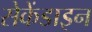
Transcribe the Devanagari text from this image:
सेकेंडाइन